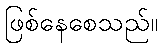
ဖြစ်နေစေသည်။